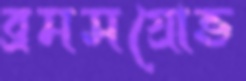
ব্রমসগ্রোভ